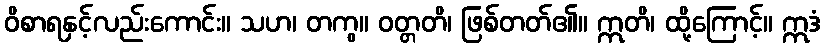
ဝိစာရနှင့်လည်းကောင်း။ သဟ၊ တကွ။ ဝတ္တတိ၊ ဖြစ်တတ်၏။ ဣတိ၊ ထို့ကြောင့်။ ဣဒံ